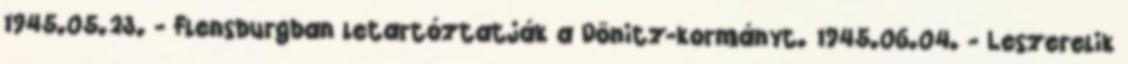
1945.05.23. - Flensburgban letartóztatják a Dönitz-kormányt. 1945.06.04. - Leszerelik